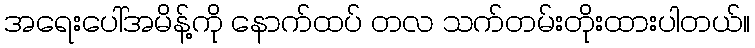
အရေးပေါ်အမိန့်ကို နောက်ထပ် တလ သက်တမ်းတိုးထားပါတယ်။